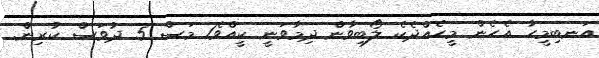
އަނބިމީހާ އެހެން މީހެއްދެކެ ލޯބިވާން ދިމާވަނީ ކީއްވެ1 މަސް 5 ދުވަސް ކުރިން.